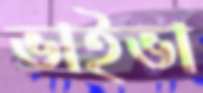
ভাইভা